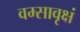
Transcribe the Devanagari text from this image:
वम्सावृक्षं